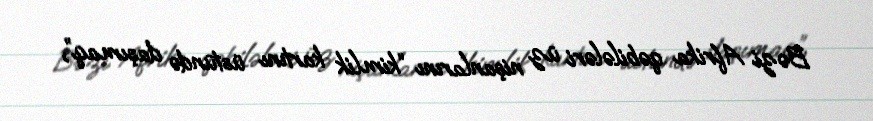
Bəzi Afrika qəbilələri üz nişanlarını “kimlik kartını üstündə daşımaq”,